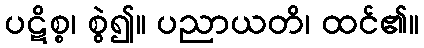
ပဋိစ္စ၊ စွဲ၍။ ပညာယတိ၊ ထင်၏။